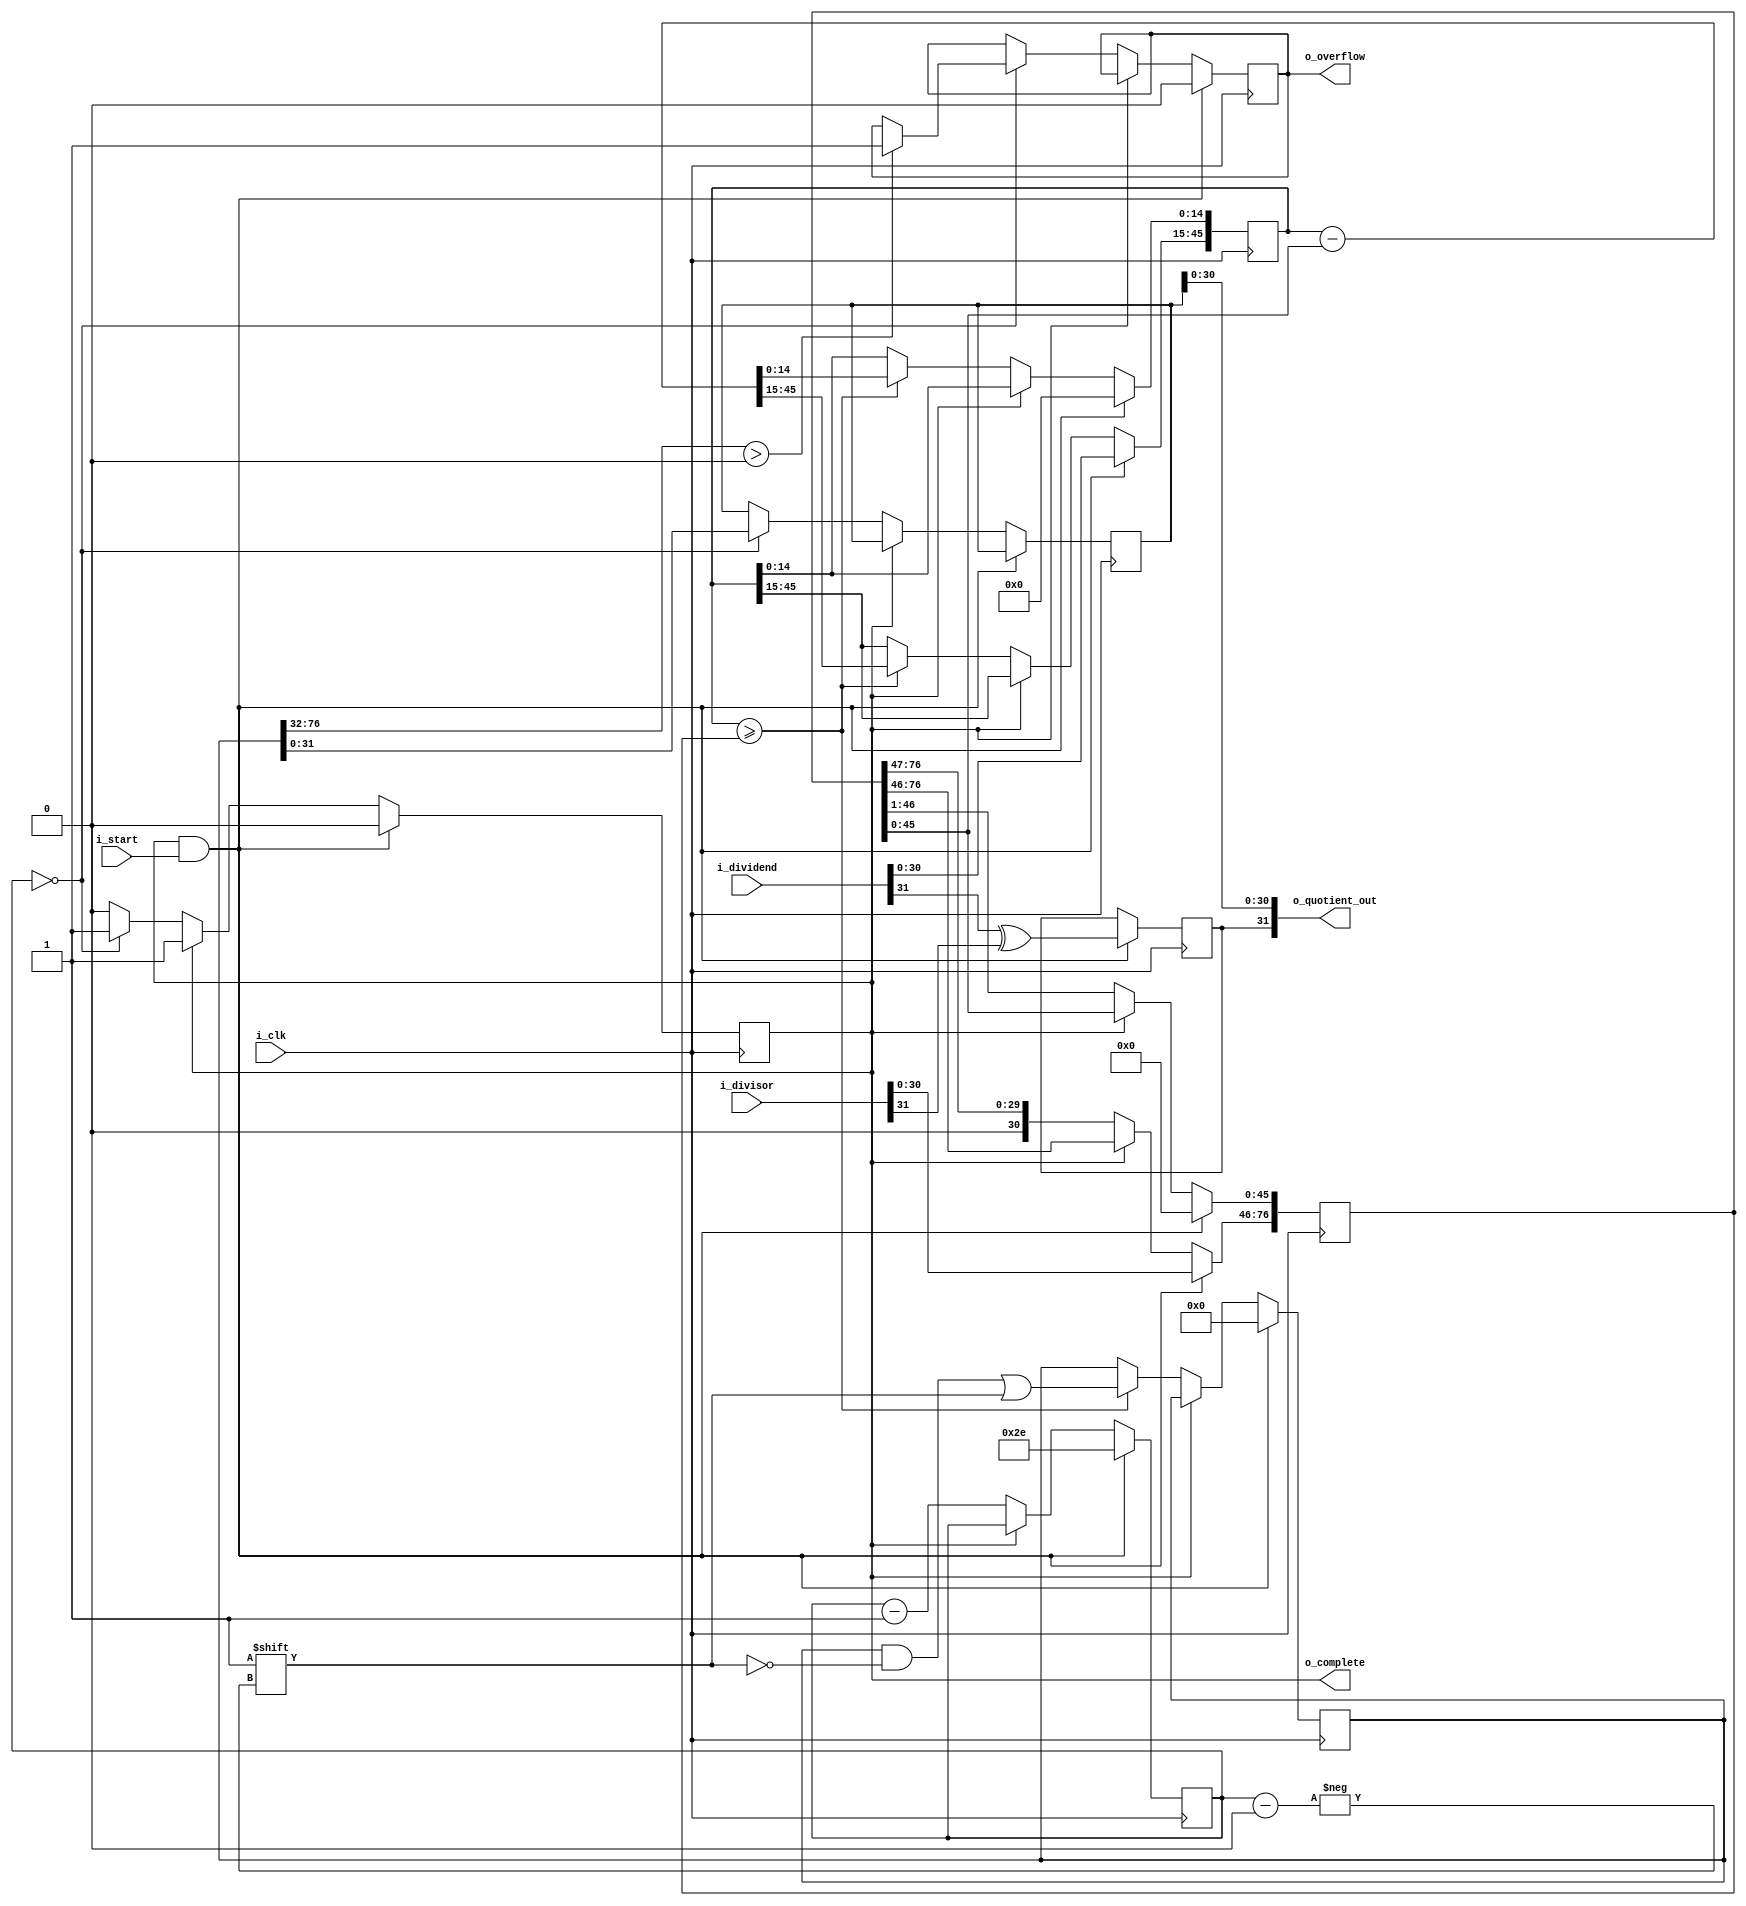
module qdiv #(
	//Parameterized values
	parameter Q = 15,
	parameter N = 32
	)
	(
	input 	[N-1:0] i_dividend,
	input 	[N-1:0] i_divisor,
	input 	i_start,
	input 	i_clk,
	output 	[N-1:0] o_quotient_out,
	output 	o_complete,
	output	o_overflow
	);
 
	reg [2*N+Q-3:0]	reg_working_quotient;	//	Our working copy of the quotient
	reg [N-1:0] 		reg_quotient;				//	Final quotient
	reg [N-2+Q:0] 		reg_working_dividend;	//	Working copy of the dividend
	reg [2*N+Q-3:0]	reg_working_divisor;		// Working copy of the divisor
 
	reg [N-1:0] 			reg_count; 		//	This is obviously a lot bigger than it needs to be, as we only need 
													//		count to N-1+Q but, computing that number of bits requires a 
													//		logarithm (base 2), and I don't know how to do that in a 
													//		way that will work for everyone
 
	reg					reg_done;			//	Computation completed flag
	reg					reg_sign;			//	The quotient's sign bit
	reg					reg_overflow;		//	Overflow flag
 
	initial reg_done = 1'b1;				//	Initial state is to not be doing anything
	initial reg_overflow = 1'b0;			//		And there should be no woverflow present
	initial reg_sign = 1'b0;				//		And the sign should be positive
 
	initial reg_working_quotient = 0;	
	initial reg_quotient = 0;				
	initial reg_working_dividend = 0;	
	initial reg_working_divisor = 0;		
 	initial reg_count = 0; 		
 
 
	assign o_quotient_out[N-2:0] = reg_quotient[N-2:0];	//	The division results
	assign o_quotient_out[N-1] = reg_sign;						//	The sign of the quotient
	assign o_complete = reg_done;
	assign o_overflow = reg_overflow;
 
	always @( posedge i_clk ) begin
		if( reg_done && i_start ) begin										//	This is our startup condition
			//  Need to check for a divide by zero right here, I think....
			reg_done <= 1'b0;												//	We're not done			
			reg_count <= N+Q-1;											//	Set the count
			reg_working_quotient <= 0;									//	Clear out the quotient register
			reg_working_dividend <= 0;									//	Clear out the dividend register 
			reg_working_divisor <= 0;									//	Clear out the divisor register 
			reg_overflow <= 1'b0;										//	Clear the overflow register
 
			reg_working_dividend[N+Q-2:Q] <= i_dividend[N-2:0];				//	Left-align the dividend in its working register
			reg_working_divisor[2*N+Q-3:N+Q-1] <= i_divisor[N-2:0];		//	Left-align the divisor into its working register
 
			reg_sign <= i_dividend[N-1] ^ i_divisor[N-1];		//	Set the sign bit
			end 
		else if(!reg_done) begin
			reg_working_divisor <= reg_working_divisor >> 1;	//	Right shift the divisor (that is, divide it by two - aka reduce the divisor)
			reg_count <= reg_count - 1;								//	Decrement the count
 
			//	If the dividend is greater than the divisor
			if(reg_working_dividend >= reg_working_divisor) begin
				reg_working_quotient[reg_count] <= 1'b1;										//	Set the quotient bit
				reg_working_dividend <= reg_working_dividend - reg_working_divisor;	//		and subtract the divisor from the dividend
				end
 
			//stop condition
			if(reg_count == 0) begin
				reg_done <= 1'b1;										//	If we're done, it's time to tell the calling process
				reg_quotient <= reg_working_quotient;			//	Move in our working copy to the outside world
				if (reg_working_quotient[2*N+Q-3:N]>0)
					reg_overflow <= 1'b1;
					end
			else
				reg_count <= reg_count - 1;	
			end
		end
endmodule